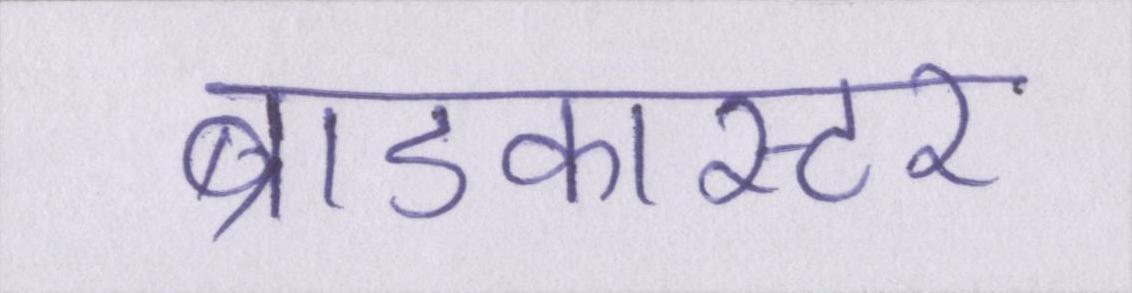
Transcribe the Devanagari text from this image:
ब्राडकास्टर